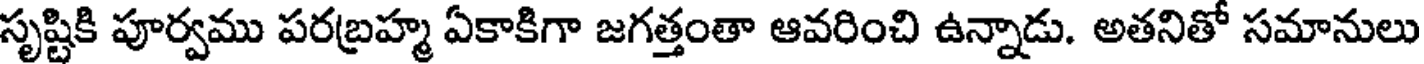
సృష్టికి పూర్వము పరబ్రహ్మ ఏకాకిగా జగత్తంతా ఆవరించి ఉన్నాడు. అతనితో సమానులు